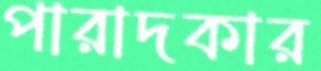
পারাদকার